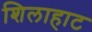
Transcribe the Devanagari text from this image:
शिलाहाट